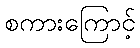
စကားကြောင့်